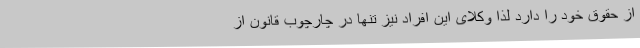
از حقوق خود را دارد لذا وکلای این افراد نیز تنها در چارچوب قانون از